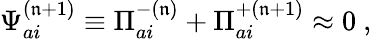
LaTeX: {\Psi}_{ai}^{(\mathfrak{n}+1)}\equiv{\Pi}_{ai}^{-(\mathfrak{n})}+{\Pi}_{ai}^{+(\mathfrak{n}+1)}\approx0\ ,